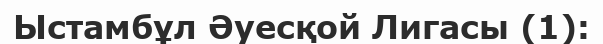
Ыстамбұл Әуесқой Лигасы (1):